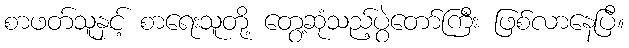
စာဖတ်သူနှင့် စာရေးသူတို့ တွေ့ဆုံသည့်ပွဲတော်ကြီး ဖြစ်လာနေပြီ။